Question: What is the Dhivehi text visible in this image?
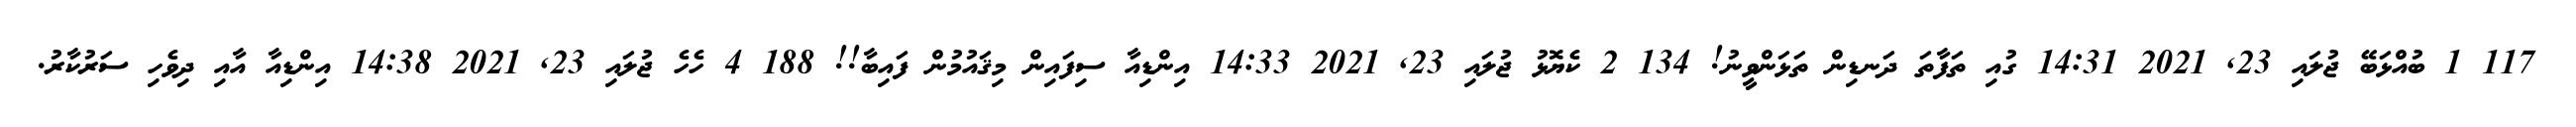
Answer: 117 1 ބުއްޅަބޭ ޖުލައި 23, 2021 14:31 ގުއި ތަފާތަ ދަނޑިން ތަޅަންވީނު! 134 2 ކެޔޮޅު ޖުލައި 23, 2021 14:33 އިންޑިއާ ސިފައިން މިޤައުމުން ފައިބާ!! 188 4 ހެހެ ޖުލައި 23, 2021 14:38 އިންޑިއާ އާއި ދިވެހި ސަރުކާރު.